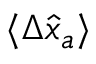
\langle \Delta \hat { x } _ { a } \rangle